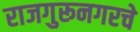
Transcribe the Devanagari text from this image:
राजगुरूनगरचे